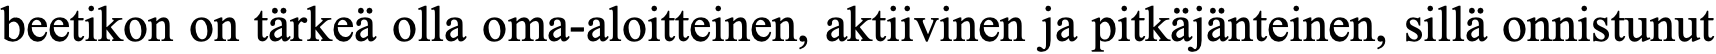
beetikon on tärkeä olla oma-aloitteinen, aktiivinen ja pitkäjänteinen, sillä onnistunut